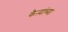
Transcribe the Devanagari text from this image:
कैऱ्यांच्या